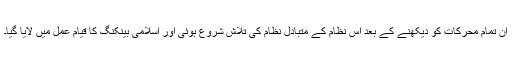
ان تمام محرکات کو دیکھنے کے بعد اس نظام کے متبادل نظام کی تلاش شروع ہوئی اور اسلامی بینکنگ کا قیام عمل میں لایا گیا۔